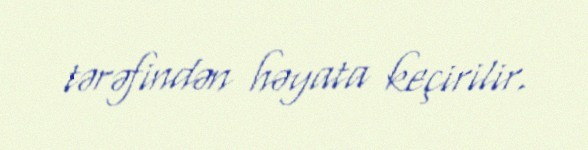
tərəfindən həyata keçirilir.